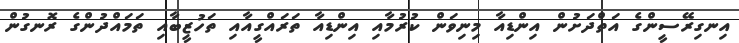
އިނގިރޭސީންގެ އަތްދަށުން އިންޑިއާ މިނިވަން ކުރުމާއި އިންޑިއާ ތަރައްގީއާއި ތަހުޒީބާއި ތަމައްދުންގެ ރޮނގުން